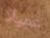
عميلا